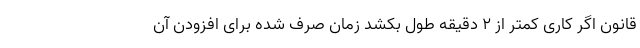
قانون اگر کاری کمتر از 2 دقیقه طول بکشد زمان صرف شده برای افزودن آن